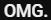
OMG.